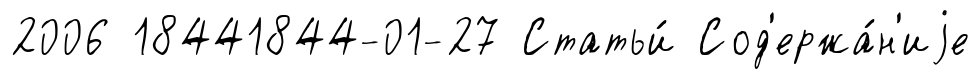
2006 18441844-01-27 Статьи́ Сод'ержа́н'иjе